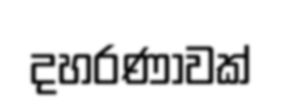
දහරණාවක්